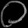
Digit: ၀